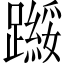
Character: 𬧗